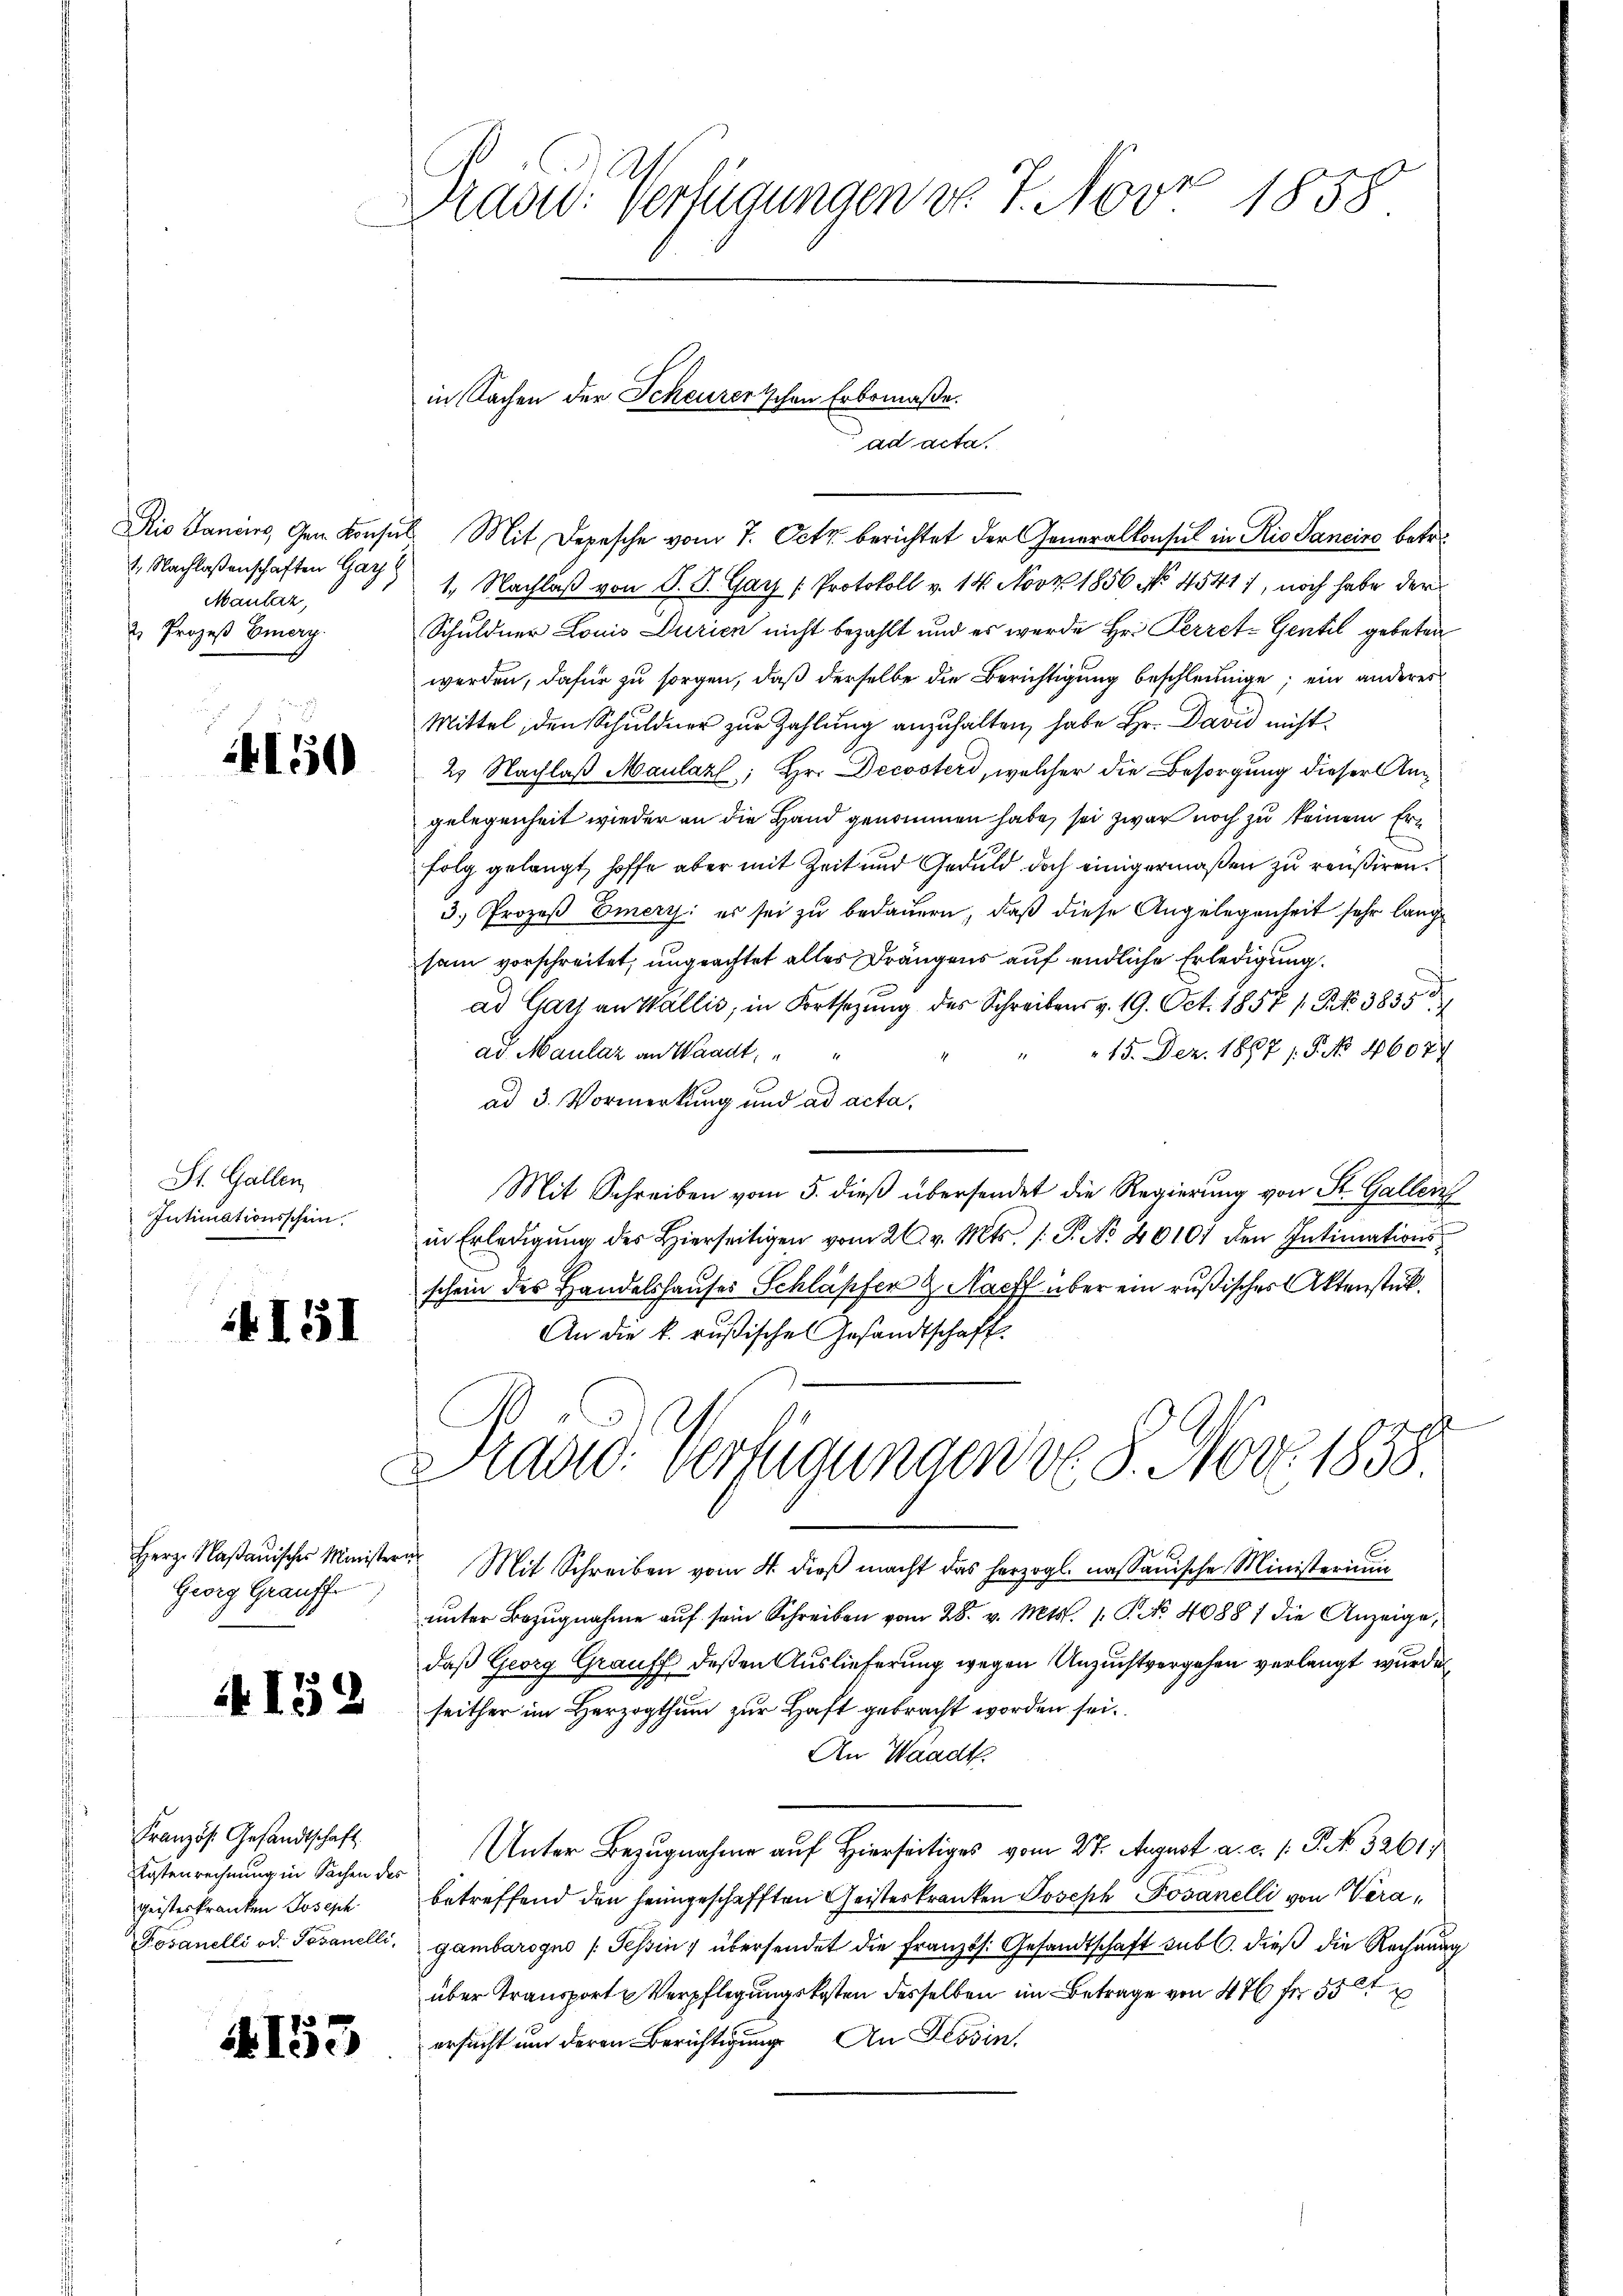
1. Nachlassenschaften Gar
Maulaz,
2. Prozeß Emery.

150

St. Gallen,
Intimationsschein

I51

Herz. Nasauisches Ministr
Georg Grausser

4153

Französ. Gesandtschaft
Kostenrechnung in Sachen des
geisteskranken Joseph

4153

Präsid. Verfügungen do 7. Nov 1858

in Sachen der Scheurerschen Erbsmaße.

ad acta

Dis Laners, Gem. Konsul Mit Depesche vom 7. Octb. berichtet der Generalkonsul in Rio Sanciro betr.
1. Nachlaß von P. P. Gay [Protokoll v. 14. Nov. 1856 No. 4541), noch habe der
Schuldner Louis Durien nicht bezahlt und es werde Hr. Perret-Gentil gebeten
werden, dafür zu sorgen, daß derselbe die Berichtigung beschleunige; ein anderes
Mittel, den Schuldner zur Zahlung anzuhalten, habe Hr. David nicht
2. Nachlaß Maulazl; Hr. Decoster, welcher die Besorgung dieser Angelegenheit wieder an die Hand genommen habe, sei zwar noch zu keinem Erfolg gelangt, hoffe aber mit Zeit und Geduld doch einigermaßen zu reußiren.
3.) Prozeß Emerz: es sei zu bedauern, daß diese Angelegenheit sehr lange
sam vorschreitet, ungeachtet alles Drängens auf endliche Erledigung.
ad Gatz an Wallis, in Fortsezung des Schreibens v. 19. Oct. 1857 s. Z. 3835
15. Dez. 1887 / 5. No 46077
ad. Maulaz an Waadt,
1
ad 3. Vormerkung und ad acta.
Mit Schreiben vom 5. dieß übersendet die Regierung von St. Gallen
in Erledigŭng des Hierseitigen vom 20. v. Mts. 1. P. No 20101 den Intimationsschein des Handelshauses Schläpfer & Nachf über ein rußischer Aktenstück.
An die k. rußisches Gesandtschaft
Präsid. Verfügungen v. 8. Nov. 1858
rof
Mit Schreiben vom 4. dieβ macht das herzogl. nassauische Ministerium
ŭnter Bezŭgnahme aŭf sein Schreiben vom 28. v. Mts. 1. P. Nr. 40881 die Anzeige-
daß Georg Grauff deßen Auslieferung wegen Unzuchtvergehen verlangt wurden
seither im Herzogthum zur Haft gebracht worden sei.
An Waadt.
Unter Bezugnahme auf Hierseitiges vom 27. August a. c. s. P. No. 3261)
betreffend den heimgeschafften Geisteskranken Joseph Jovanelli von Vera¬
Posanelli od. Tovanelli, Gambarogno (Tessin übersendet die Französ. Gesandtschaft sub. dieß die Rechnung
über Transport u Verpflegungskosten desselben im Betrage von 476 f 55
ersucht um deren Berichtigung An Tessin.